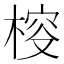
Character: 𣔱